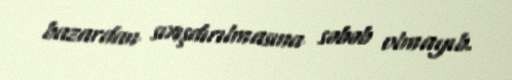
bazardan sıxışdırılmasına səbəb olmayıb.